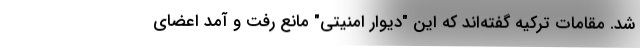
شد. مقامات ترکیه گفته‌اند که این "دیوار امنیتی" مانع رفت و آمد اعضای